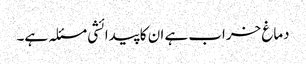
دماغ خراب ہے ان کا پیدائشی مسئلہ ہے۔